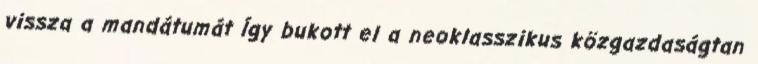
vissza a mandátumát Így bukott el a neoklasszikus közgazdaságtan